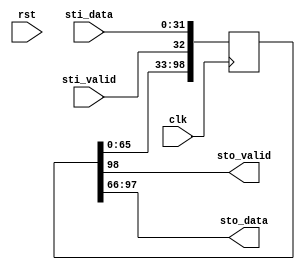

//--------------------------------------------------------------------------------
//
// delay_fifo.v
// Copyright (C) 2011 Ian Davis
// 
// This program is free software; you can redistribute it and/or modify
// it under the terms of the GNU General Public License as published by
// the Free Software Foundation; either version 2 of the License, or (at
// your option) any later version.
//
// This program is distributed in the hope that it will be useful, but
// WITHOUT ANY WARRANTY; without even the implied warranty of
// MERCHANTABILITY or FITNESS FOR A PARTICULAR PURPOSE. See the GNU
// General Public License for more details.
//
// You should have received a copy of the GNU General Public License along
// with this program; if not, write to the Free Software Foundation, Inc.,
// 51 Franklin St, Fifth Floor, Boston, MA 02110, USA
//
//--------------------------------------------------------------------------------
//
// Simple delay FIFO.   Input data delayed by parameter "DELAY" numbers of 
// clocks (1 to 16).  Uses shift register LUT's, so takes only one LUT-RAM 
// per bit regardless of delay.
//

module delay_fifo #(
  parameter DLY = 3,	// 1 to 16
  parameter DW = 32
)(
  // system signals
  input  wire          clk,
  input  wire          rst,
  // input stream
  input  wire          sti_valid,
  input  wire [DW-1:0] sti_data,
  // output stream
  output wire          sto_valid,
  output wire [DW-1:0] sto_data
);

reg [DLY*(DW+1)-1:0] mem;

always @(posedge clk)
mem <= {mem, {sti_valid, sti_data}};
 
assign {sto_valid, sto_data} = mem[(DLY-1)*(DW+1)+:(DW+1)]; 

endmodule